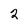
Character: 2